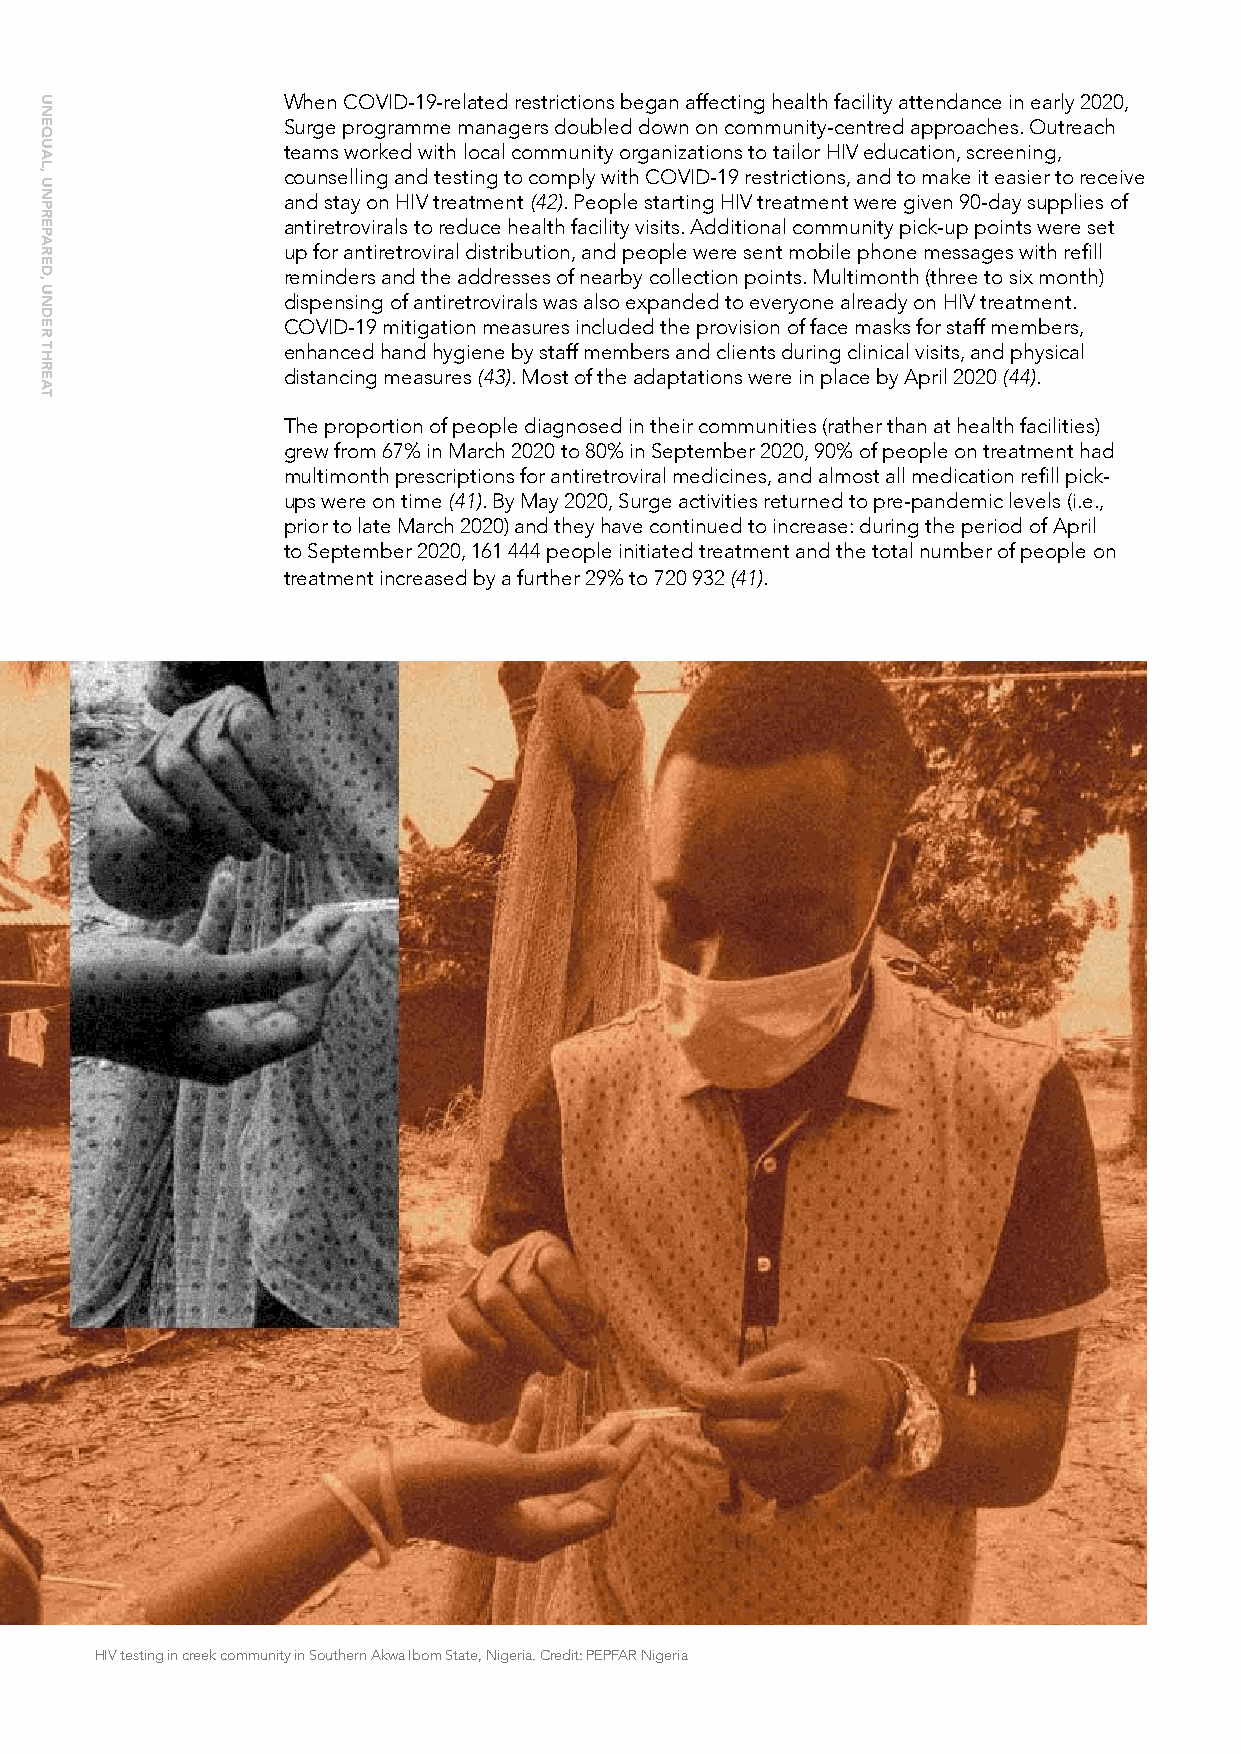
When COVID-19-related restrictions began affecting health facility attendance in early 2020,
 Surge programme managers doubled down on community-centred approaches. Outreach
 teams worked with local community organizations to tailor HIV education, screening,
 counselling and testing to comply with COVID-19 restrictions, and to make it easier to receive
 and stay on HIV treatment (42). People starting HIV treatment were given 90-day supplies of
 antiretrovirals to reduce health facility visits. Additional community pick-up points were set
 up for antiretroviral distribution, and people were sent mobile phone messages with refill
 reminders and the addresses of nearby collection points. Multimonth (three to six month)
 dispensing of antiretrovirals was also expanded to everyone already on HIV treatment.
 COVID-19 mitigation measures included the provision of face masks for staff members,
 enhanced hand hygiene by staff members and clients during clinical visits, and physical
 distancing measures (43). Most of the adaptations were in place by April 2020 (44).
 The proportion of people diagnosed in their communities (rather than at health facilities)
 grew from 67% in March 2020 to 80% in September 2020, 90% of people on treatment had
 multimonth prescriptions for antiretroviral medicines, and almost all medication refill pick-
 ups were on time (41). By May 2020, Surge activities returned to pre-pandemic levels (i.e.,
 prior to late March 2020) and they have continued to increase: during the period of April
 to September 2020, 161 444 people initiated treatment and the total number of people on
 treatment increased by a further 29% to 720 932 (41).
 HIV testing in creek community in Southern Akwa Ibom State, Nigeria. Credit: PEPFAR Nigeria
 UNEQUAL,
 UNPREPARED,
 UNDER
 THREAT